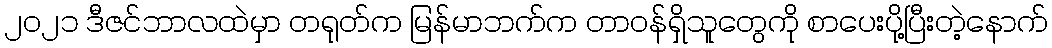
၂၀၂၁ ဒီဇင်ဘာလထဲမှာ တရုတ်က မြန်မာဘက်က တာဝန်ရှိသူတွေကို စာပေးပို့ပြီးတဲ့နောက်